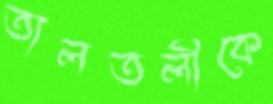
তালতলীকে